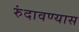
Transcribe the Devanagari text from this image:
रुंदावण्यास